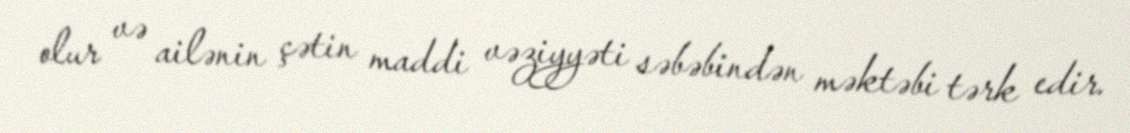
olur və ailənin çətin maddi vəziyyəti səbəbindən məktəbi tərk edir.